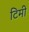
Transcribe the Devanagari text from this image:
टिमी